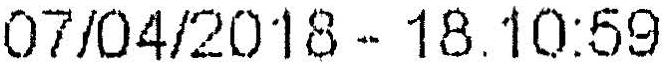
07/04/2018 - 18.10:59